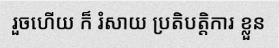
រួចហើយ ក៏ រំសាយ ប្រតិបត្តិការ ខ្លួន